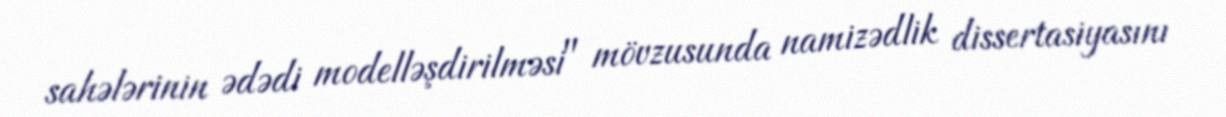
sahələrinin ədədi modelləşdirilməsi" mövzusunda namizədlik dissertasiyasını